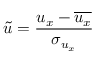
\tilde { u } = \frac { u _ { x } - \overline { { u _ { x } } } } { \sigma _ { u _ { x } } }